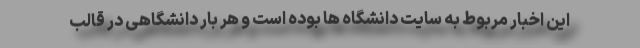
این اخبار مربوط به سایت دانشگاه ها بوده است و هر بار دانشگاهی در قالب